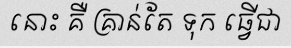
នោះ គឺ គ្រាន់តែ ទុក ធ្វើជា